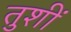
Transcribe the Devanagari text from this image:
तुशीं